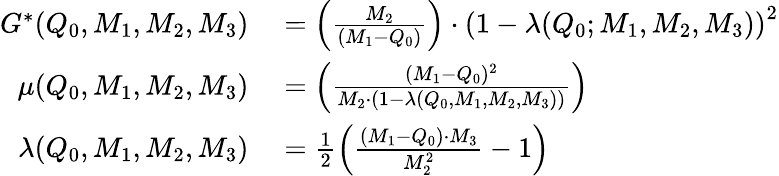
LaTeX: \begin{array}{rl}{G^{*}(Q_{0},M_{1},M_{2},M_{3})}&{{}=\left(\frac{M_{2}}{(M_{1}-Q_{0})}\right)\cdot\left(1-\lambda(Q_{0};M_{1},M_{2},M_{3})\right)^{2}}\\ {\mu(Q_{0},M_{1},M_{2},M_{3})}&{{}=\left(\frac{(M_{1}-Q_{0})^{2}}{M_{2}\cdot(1-\lambda(Q_{0},M_{1},M_{2},M_{3}))}\right)}\\ {\lambda(Q_{0},M_{1},M_{2},M_{3})}&{{}=\frac{1}{2}\left(\frac{(M_{1}-Q_{0})\cdot M_{3}}{M_{2}^{2}}-1\right)}\end{array}